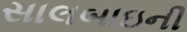
સાલબાઇની